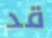
قد